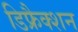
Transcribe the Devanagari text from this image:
डिफ्रैक्शन